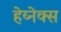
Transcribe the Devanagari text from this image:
हेय्नेक्स